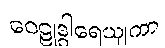
ဝေဠုဒွါရေယျကာ